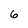
Character: 6